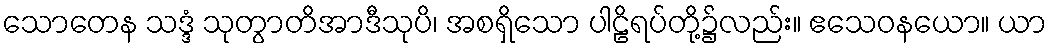
သောတေန သဒ္ဒံ သုတွာတိအာဒီသုပိ၊ အစရှိသော ပါဠိရပ်တို့၌လည်း။ ဧသေဝနယော။ ယာ